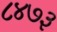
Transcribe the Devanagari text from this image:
८४७३